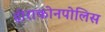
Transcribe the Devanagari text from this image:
हीराकोनपोलिस